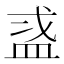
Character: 𬐜